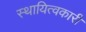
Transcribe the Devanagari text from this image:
स्थायित्वकारी